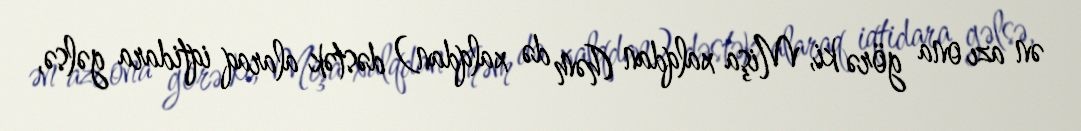
ən azı ona görə ki, Mişa xalqdan (həm də xalqdan) dəstək alaraq iqtidara gəlsə,